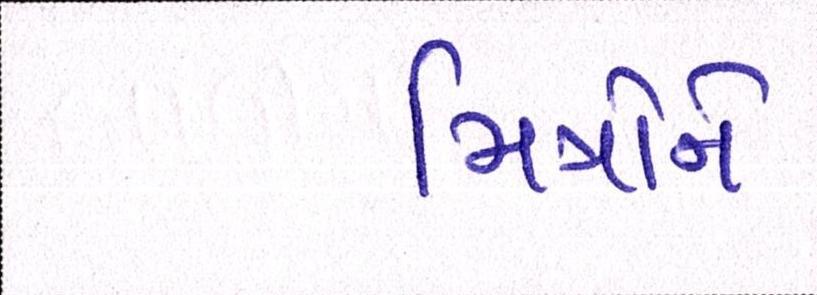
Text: મિત્રોને